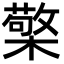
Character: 檠